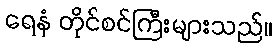
ရေနံ တိုင်စင်ကြီးများသည်။